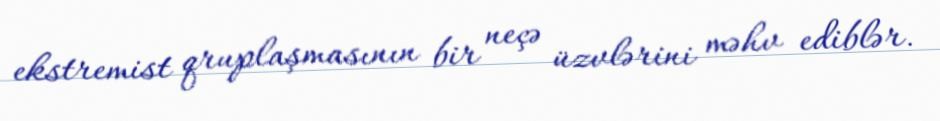
ekstremist qruplaşmasının bir neçə üzvlərini məhv ediblər.